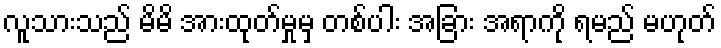
လူသားသည် မိမိ အားထုတ်မှုမှ တစ်ပါး အခြား အရာကို ရမည် မဟုတ်